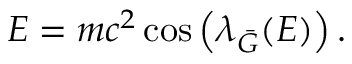
E = m c ^ { 2 } \cos \left( { \lambda } _ { \bar { G } } ( E ) \right) .